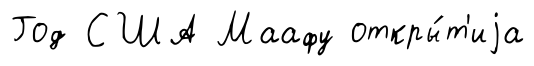
Год США Маафу откры́т'иjа